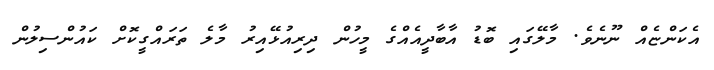
އެކަންޏެއް ނޫނެވެ. މާލޭގައި ބޮޑު އާބާދީއެއްގެ މީހުން ދިރިއުޅޭއިރު މާލެ ތަރައްގީކޮށް ކައުންސިލުން